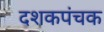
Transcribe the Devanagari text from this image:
दशकपंचक